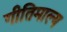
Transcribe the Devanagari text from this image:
गीतिमाल्य